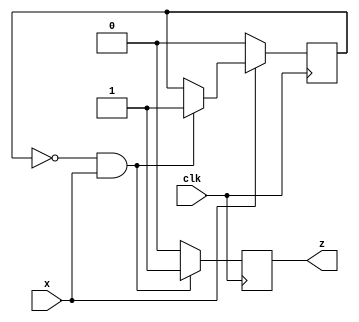
`timescale 1ns / 1ps
//////////////////////////////////////////////////////////////////////////////////
// Company: 
// Engineer: 
// 
// Design Name: 
// Module Name:    sp 
// Project Name: 
// Target Devices: 
// Tool versions: 
// Description: 
//
// Dependencies: 
//
// Revision: 
// Revision 0.01 - File Created
// Additional Comments: 
//
//////////////////////////////////////////////////////////////////////////////////
module sp(input clk,input x,output reg z=0
    );
reg a=0;
always@(posedge clk)begin
	if(a==0&&x==1)begin
		a<=1;
		z<=1;
	end
	else begin
		z<=0;
	end
	if(x==0)begin
		a<=0;
	end
end

endmodule